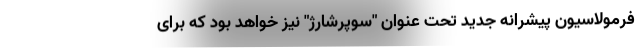
فرمولاسیون پیشرانه جدید تحت عنوان "سوپرشارژ" نیز خواهد بود که برای